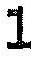
1